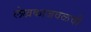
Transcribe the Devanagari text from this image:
लेखकाजवळची